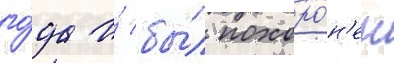
го́да и́ бы́л похоро́н'ен